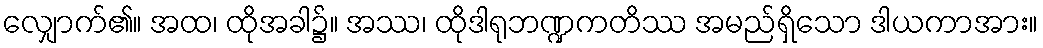
လျှောက်၏။ အထ၊ ထိုအခါ၌။ အဿ၊ ထိုဒါရုဘဏ္ဍကတိဿ အမည်ရှိသော ဒါယကာအား။